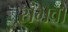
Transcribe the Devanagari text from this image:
संभवो